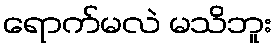
ရောက်မလဲ မသိဘူး